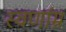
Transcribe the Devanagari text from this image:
स्वर्णाम्र